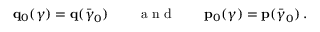
{ \bf q } _ { 0 } ( \boldsymbol { \gamma } ) = { \bf q } ( \bar { \boldsymbol { \gamma } } _ { 0 } ) \qquad \mathrm { ~ a ~ n ~ d ~ } \qquad { \bf p } _ { 0 } ( \boldsymbol { \gamma } ) = { \bf p } ( \bar { \boldsymbol { \gamma } } _ { 0 } ) \, .